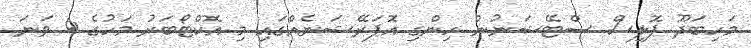
މަހިބަދޫ ޕޮލިސް ސްޓޭޝަނުން ހިންގި އޮޕަރޭޝަނެއްގައި މި އޮކްޓޯބަރު މަހުގެ 4 ވަނަ